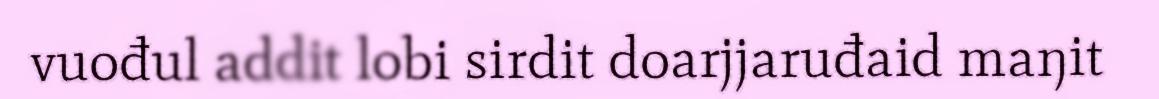
vuođul addit lobi sirdit doarjjaruđaid maŋit